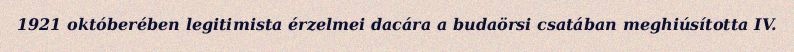
1921 októberében legitimista érzelmei dacára a budaörsi csatában meghiúsította IV.